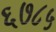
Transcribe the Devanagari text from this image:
६७८५